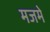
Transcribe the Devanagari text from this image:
मजमे